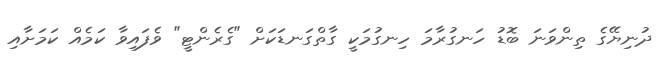
ދުނިޔޭގެ ތިންވަނަ ބޮޑު ހަނގުރާމަ ހިނގުމަކީ ގާތްގަނޑަކަށް "ގެރެންޓީ" ވެފައިވާ ކަމެއް ކަމަށާއި